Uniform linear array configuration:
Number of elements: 48
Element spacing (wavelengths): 1
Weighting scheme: blackman
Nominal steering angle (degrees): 0
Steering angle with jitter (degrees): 0.6551
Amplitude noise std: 0.05
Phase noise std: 0.05

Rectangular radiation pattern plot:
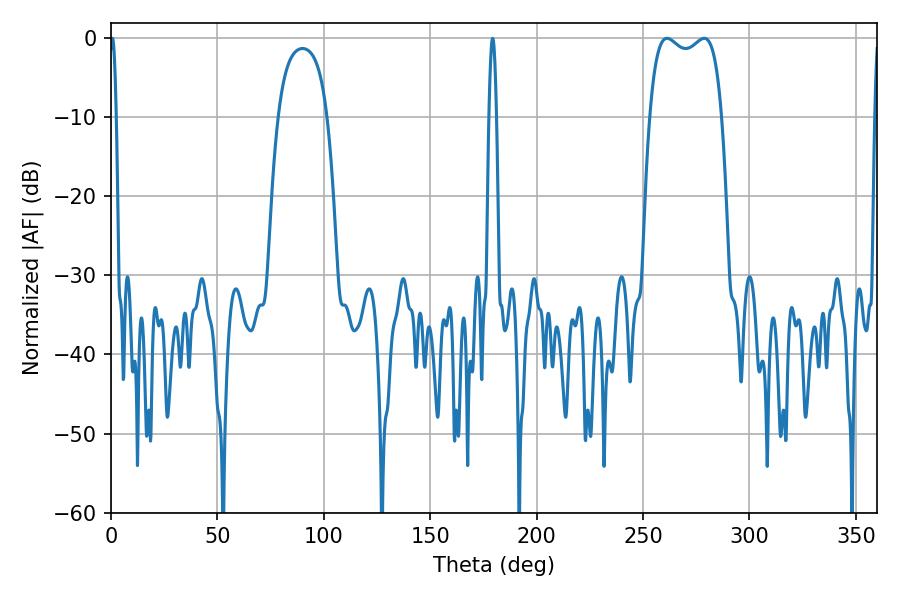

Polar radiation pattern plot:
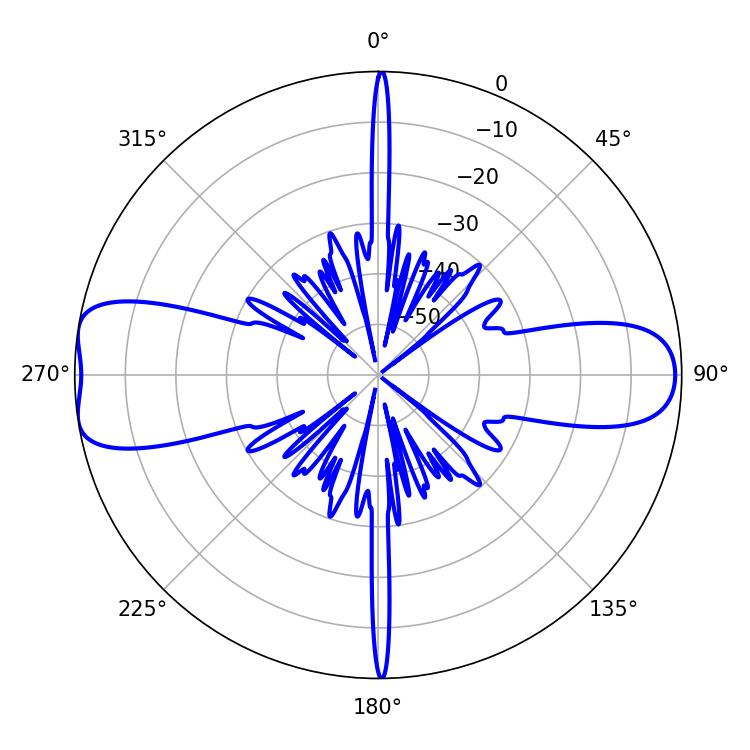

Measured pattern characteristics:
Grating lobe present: TRUE
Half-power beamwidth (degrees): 27.72
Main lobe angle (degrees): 261.18